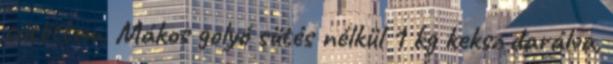
sütöttem. Mákos golyó sütés nélkül 1 kg keksz darálva,